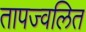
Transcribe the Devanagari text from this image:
तापज्वलित